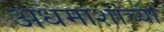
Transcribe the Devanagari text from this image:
अधमाशांच्या